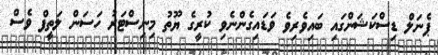
ޕެނަލް ޑިސްކަޝަންގައި ބައިވެރިވެ ވަޑައިގެންނެވި ކުރީގެ ޔޫތު މިނިސްޓަރު ހަސަން ލަތީފް ވެސް